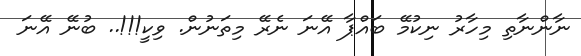
ނާންނާތި މިހާރު ނިކުމޭ ބައްޕާ އޭނަ ނެރޭ މިތަނުން. ވިކީ!!!.. ބުނޭ އޭނަ